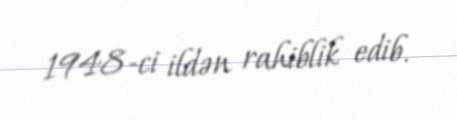
1948-ci ildən rahiblik edib.